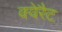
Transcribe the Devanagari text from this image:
क्वेरैट